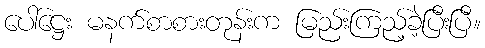
ပေါ်ဋ္ဌေး မနက်စာစားတုန်းက မြည်းကြည့်ခဲ့ပြီးပြီ။